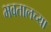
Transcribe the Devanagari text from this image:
भवतालच्या